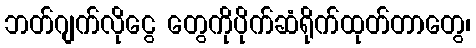
ဘတ်ဂျက်လိုငွေ တွေကိုပိုက်ဆံရိုက်ထုတ်တာတွေ၊